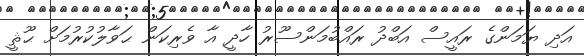
އަދި ޔަމަންގެ ރައީސް އަބްދު ރައްބުމަންސޫރު ހާދީ އާ ވެރިކަން ޙަވާލުކުރުމަށް ޙޫޘީ